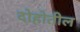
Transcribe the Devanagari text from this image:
दोहोतील